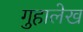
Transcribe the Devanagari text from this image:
गुहालेख